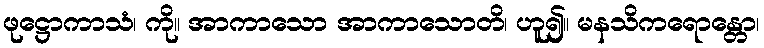
ဖုဋ္ဌောကာသံ၊ ကို။ အာကာသော အာကာသောတိ၊ ဟူ၍။ မနသိကရောန္တော၊